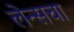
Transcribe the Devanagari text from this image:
लेन्सचा